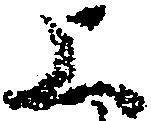
上